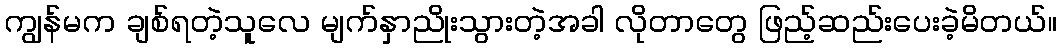
ကျွန်မက ချစ်ရတဲ့သူလေ မျက်နှာညိုးသွားတဲ့အခါ လိုတာတွေ ဖြည့်ဆည်းပေးခဲ့မိတယ်။